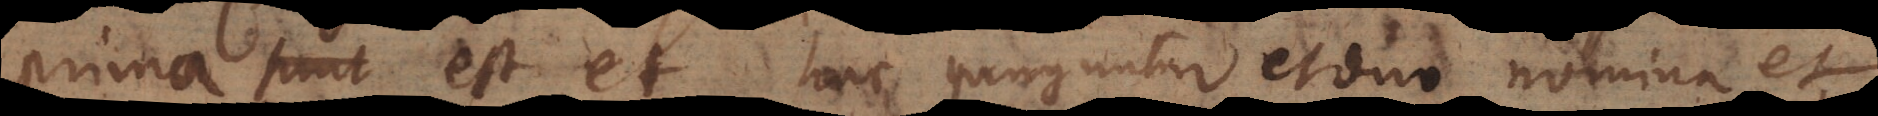
prima est et, hac junguntur et duo nomina et